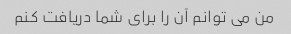
من می توانم آن را برای شما دریافت کنم